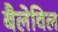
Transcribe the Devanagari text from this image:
बैलेविल